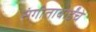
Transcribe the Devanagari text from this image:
संगीताबाईंचे